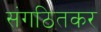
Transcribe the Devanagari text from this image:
संगठितकर